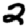
Digit: 2